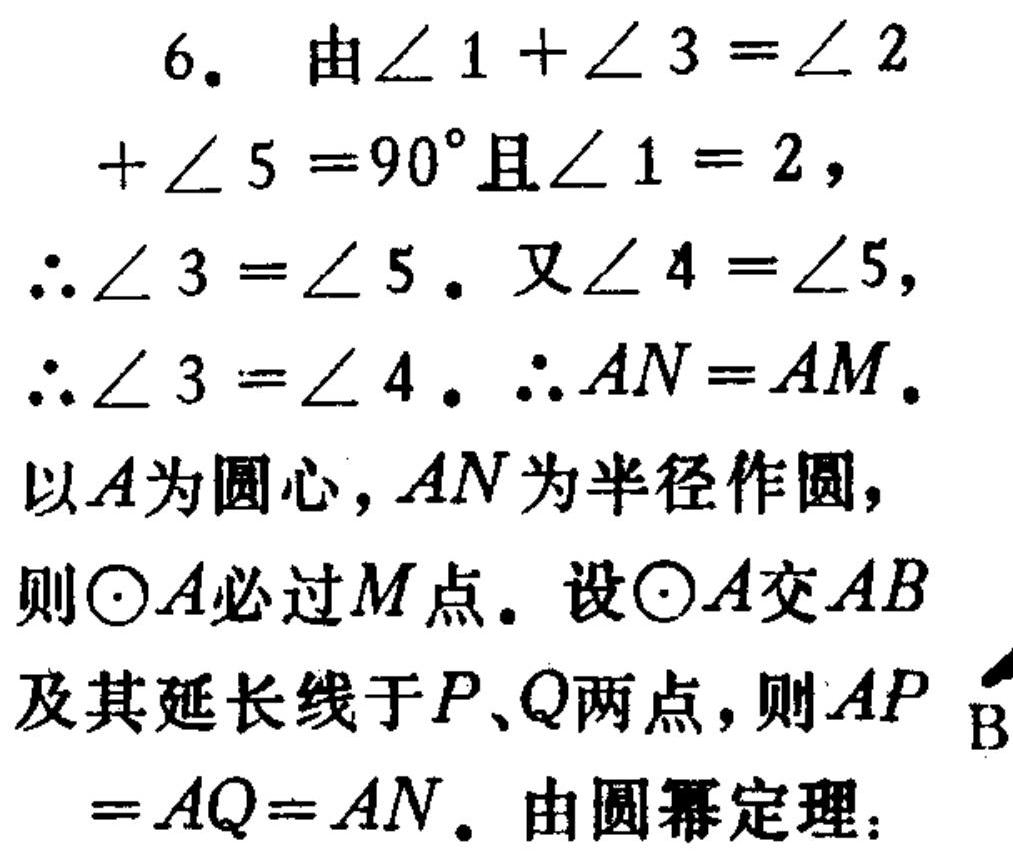
6. 由\(\angle 1+\angle 3=\angle 2\)
\(+\angle 5 = 90^{\circ}\)且\(\angle 1 = 2\)，
\(\therefore\angle 3=\angle 5\). 又\(\angle 4=\angle 5\)，
\(\therefore\angle 3=\angle 4\). \(\therefore AN = AM\).
以\(A\)为圆心，\(AN\)为半径作圆，
则\(\odot A\)必过\(M\)点. 设\(\odot A\)交\(AB\)
及其延长线于\(P、Q\)两点，则\(AP\)
\(=AQ = AN\). 由圆幂定理：